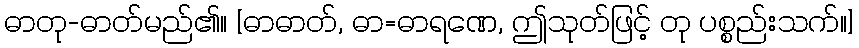
ဓာတု-ဓာတ်မည်၏။ [ဓာဓာတ်, ဓာ=ဓာရဏေ, ဤသုတ်ဖြင့် တု ပစ္စည်းသက်။]